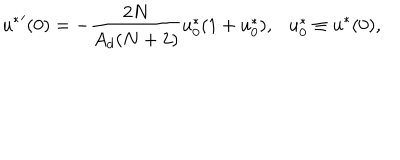
LaTeX: \left. u ^ { * } \right. ^ { \prime } ( 0 ) = - \frac { 2 N } { A _ { d } ( N + 2 ) } u _ { 0 } ^ { * } ( 1 + u _ { 0 } ^ { * } ) , \ \ \ u _ { 0 } ^ { * } \equiv u ^ { * } ( 0 ) ,